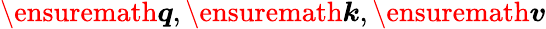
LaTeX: \ensuremath{\boldsymbol{q}},\ensuremath{\boldsymbol{k}},\ensuremath{\boldsymbol{v}}